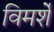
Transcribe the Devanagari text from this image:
विमर्शे